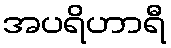
အပရိဟာရီ